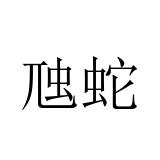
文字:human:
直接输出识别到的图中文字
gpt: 虺蛇